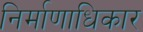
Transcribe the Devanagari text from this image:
निर्माणाधिकार